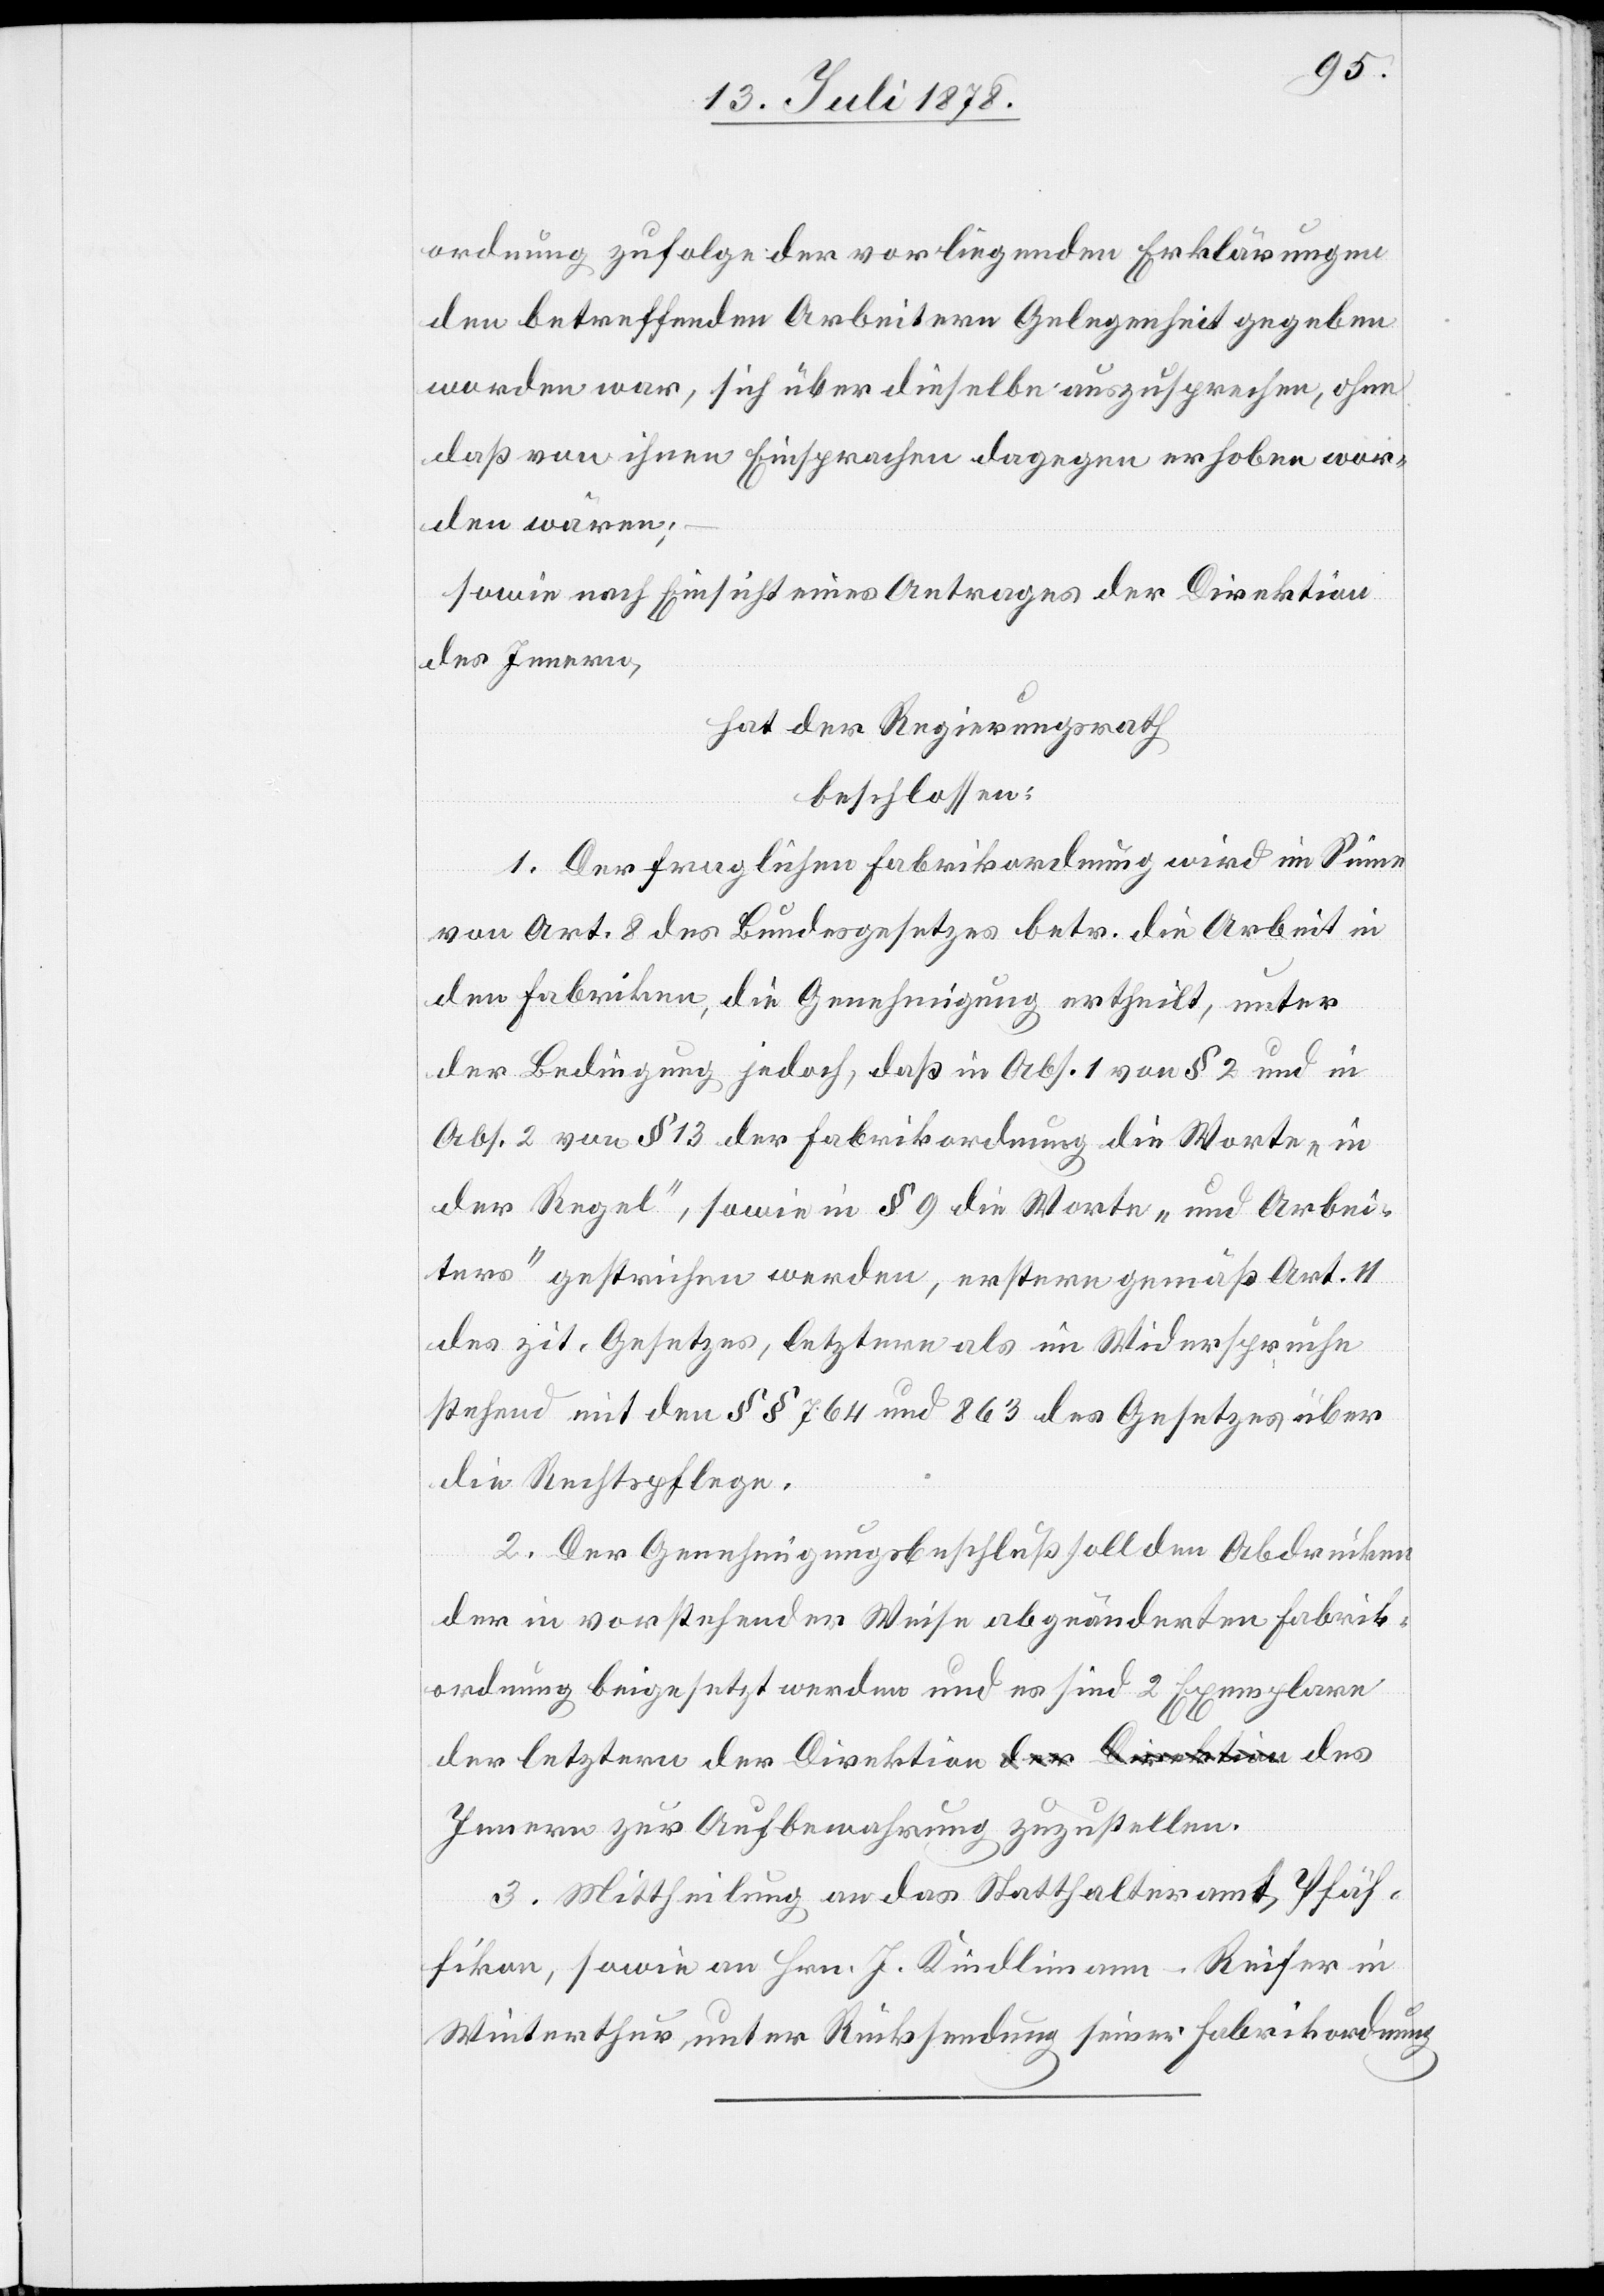
ordnung zufolge der vorliegenden Erklärungen
den betreffenden Arbeitern Gelegenheit gegeben
worden war, sich über dieselbe auszusprechen, ohne
daß von ihnen Einsprachen dagegen erhoben wor¬
den wären;
sowie nach Einsicht eines Antrages der Direktion
des Innern,
hat der Regierungsrath,
beschlossen:
1. Der fraglichen Fabrikordnung wird im Sinne
von Art. 8 des Bundesgesetzes betr. die Arbeit in
den Fabriken die Genehmigung ertheilt, unter
der Bedingung jedoch, daß in Abs. 1 von § 2 und in
Abs. 2 von § 13 der Fabrikordnung die Worte „in
der Regel“, sowie in § 9 die Worte „und Arbei¬
ters“ gestrichen werden, erstere gemäß Art. 11
des zit. Gesetzes, letztere als im Widerspruche
stehend mit den § § 764 und 863 des Gesetzes über
die Rechtspflege.
2. Der Genehmigungsbeschluß soll den Abdrücken
der in vorstehender Weise abgeänderten Fabrik¬
ordnung beigesetzt werden und es sind 2 Exemplare
der letztern der Direktion des Innern zur
3. Mittheilung an das Statthalteramt Pfäf¬
fikon, sowie an Hrn. J. Kindlimann-Reifer in
Winterthur unter Rücksendung seiner Fabrikordnung.